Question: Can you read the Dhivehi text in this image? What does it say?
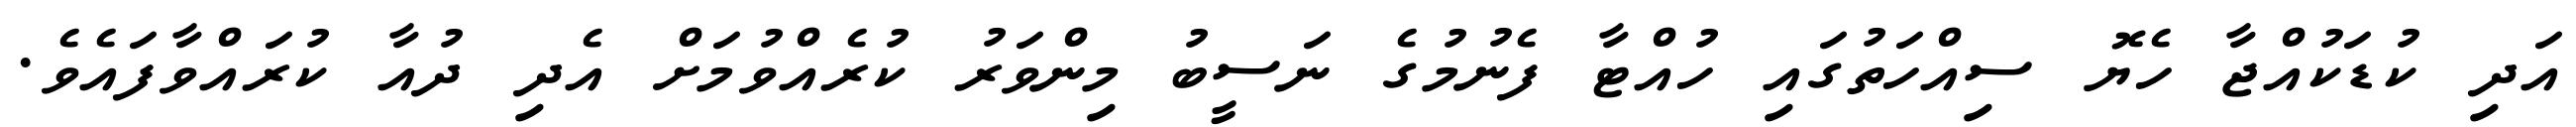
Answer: އަދި ކުޑަކުއްޖާ ހެޔޮ ސިއްހަތުގައި ހުއްޓާ ފެނުމުގެ ނަސީބު މިންވަރު ކުރެއްވުމަށް އެދި ދުއާ ކުރައްވާފައެވެ.